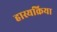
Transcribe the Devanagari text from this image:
हास्यक्रिया